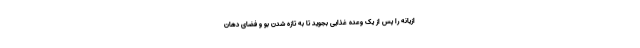
ازیانه را پس از یک وعده غذایی بجوید تا به تازه شدن بو و فضای دهان